Civil Veterinary Department Bihar & Orissa reports 1922-29 - 1922-1929
Year: 1922
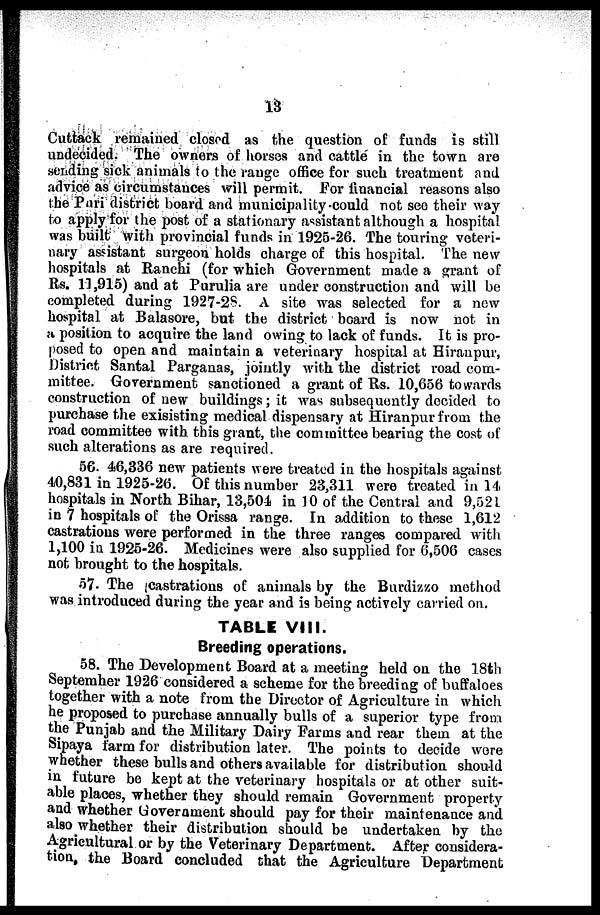
13
Cuttack remained closed as the question of funds is still
undecided. The owners of horses and cattle in the town are
sending sick animals to the range office for such treatment and
advice as circumstances will permit. For financial reasons also
the Pari district board and municipality could not see their way
to apply for the post of a stationary assistant although a hospital
was built with provincial funds in 1925-20. The touring veteri-
nary assistant surgeon holds charge of this hospital. The new
hospitals at Ranchi (for which Government made a grant of
Rs. 11,915) and at Purulia are under construction and will bo
completed during 1927-28. A site was selected for a new
hospital at Balasore, but the district hoard is now not in
a position to acquire the land owing to lack of funds. It is pro-
posed to open and maintain a veterinary hospital at Hiranpur,
District Santal Pargauas, jointly with the district road com-
mittee. Government sanctioned a grant of Its. 10,056 towards
construction of new buildings; it was subsequently decided to
purchase the exisisting medical dispensary at Hiranpur from the
road committee with this grant, the committee bearing the cost of
such alterations as are required.
56. 40,336 new patients were treated in the hospitals against
40,831 in 1925-20. Of this number 23,311 were treated in 1 |.
hospitals in North Bihar, 13,504 in 10 of the Central and 9,521
in 7 hospitals of the Orissa range. In addition to these 1,012
castrations were performed in the three ranges compared with
1,100 in 1925-26. Medicines were also supplied for 0,500 cases
not brought to the hospitals.
57. The castrations of animals by the Burdizzo method
was introduced during the year and is being actively carried on.
TABLE VIII.
Breeding operations.
58. The Development Board at a meeting held on the 18th
September 1926 considered a scheme for the breeding of buffaloes
together with a note from the Director of Agriculture in which
he proposed to purchase annually bulls of a superior type from
the Punjab and the Military Dairy Farms and rear them at the
Sipaya farm for distribution later. The points to decide were
whether these bulls and others available for distribution should
in future be kept at the veterinary hospitals or at other suit-
able places, whether they should remain Government property
and whether Goverement should pay for their maintenance and
also whether their distribution should be undertaken by the
Agricultural or by the Veterinary Department. After considera-
tion, the Board concluded that the Agriculture Department